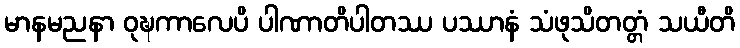
မာနမညနာ ဝုဍ္ဎကာလေပိ ပါဏာတိပါတဿ ပဿာနံ သံဖုသိတတ္တံ သယီတိ